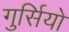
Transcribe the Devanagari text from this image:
गुर्सियो